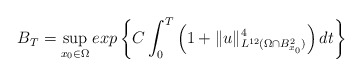
\begin{align*}B_T=\sup_{x_0\in\Omega}exp\left\{C\int_0^T\left(1+\|u\|^4_{L^{12}(\Omega\cap B^2_{x_0})}\right)dt\right\}\end{align*}